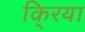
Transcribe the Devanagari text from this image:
कि्रया